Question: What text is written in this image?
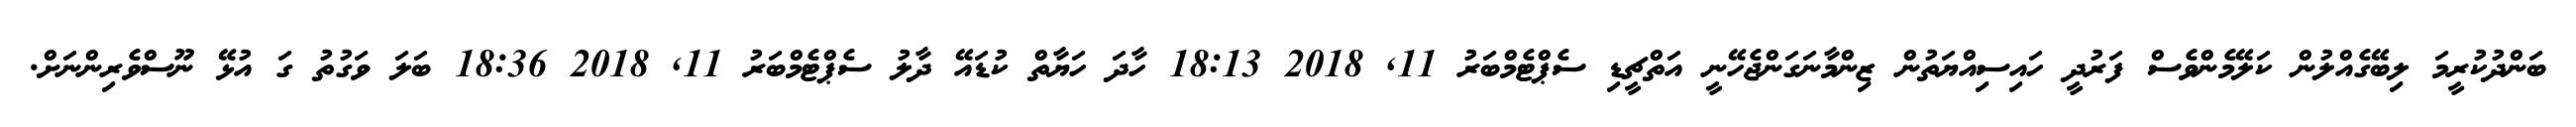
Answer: ބަންދުކުރީމަ ލިބޭގެއްލުން ކަލޭމެންވެސް ފަރުދީ ހައިސިއްޔަތުން ޒިންމާނަގަންޖެހޭނީ އަތްޗީޑި ސެޕްޓެމްބަރު 11, 2018 18:13 ހާދަ ހަޔާތް ކުޑައޭ ދާލު ސެޕްޓެމްބަރު 11, 2018 18:36 ބަލަ ވަގުތު ގަ އުޅޭ ނޫސްވެރިންނަށް.